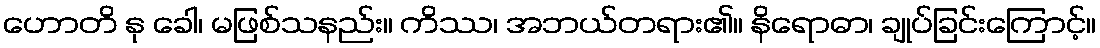
ဟောတိ နု ခေါ၊ မဖြစ်သနည်း။ ကိဿ၊ အဘယ်တရား၏။ နိရောဓာ၊ ချုပ်ခြင်းကြောင့်။